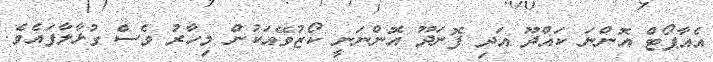
އެއާޕޯޓް އޮންނަ ކައްދޫ އަދި ފޮނަދޫ އޮންނަނީ ކޯޒުވޭއަކުން މިހާރު ވެސް ގުޅާލާފައެވެ.